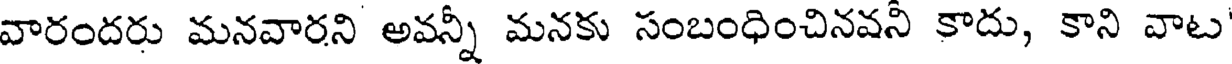
వారందరు మనవారని అవన్నీ మనకు సంబంధించినవనీ కాదు, కాని వాట